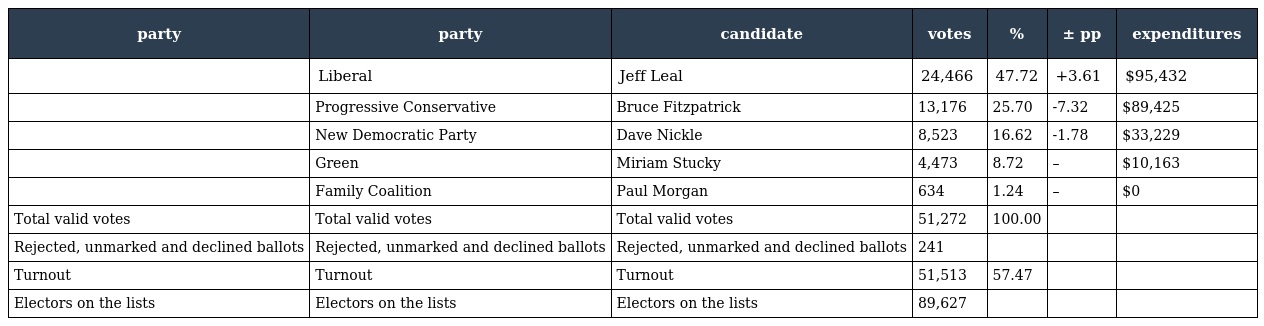
| party | party | candidate | votes | % | ± pp | expenditures |
 | --- | --- | --- | --- | --- | --- | --- |
 |  | Liberal | Jeff Leal | 24,466 | 47.72 | +3.61 | $95,432 |
 |  | Progressive Conservative | Bruce Fitzpatrick | 13,176 | 25.70 | -7.32 | $89,425 |
 |  | New Democratic Party | Dave Nickle | 8,523 | 16.62 | -1.78 | $33,229 |
 |  | Green | Miriam Stucky | 4,473 | 8.72 | – | $10,163 |
 |  | Family Coalition | Paul Morgan | 634 | 1.24 | – | $0 |
 | Total valid votes | Total valid votes | Total valid votes | 51,272 | 100.00 |  |  |
 | Rejected, unmarked and declined ballots | Rejected, unmarked and declined ballots | Rejected, unmarked and declined ballots | 241 |  |  |  |
 | Turnout | Turnout | Turnout | 51,513 | 57.47 |  |  |
 | Electors on the lists | Electors on the lists | Electors on the lists | 89,627 |  |  |  |